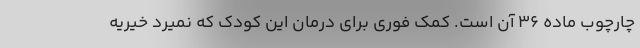
چارچوب ماده ۳۶ آن است. کمک فوری برای درمان این کودک که نمیرد خیریه